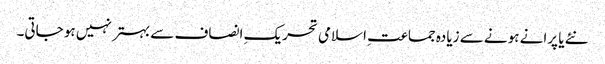
نئے یا پرانے ہونے سے زیادہ جماعتِ اسلامی تحریکِ انصاف سے بہتر نہیں ہو جاتی۔